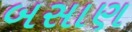
બસાણ